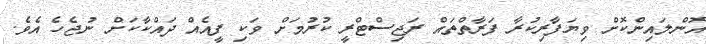
އޮންލައިންކޮށް ވިޔަފާރިކުރާ ފަރާތްތައް ރަޖިސްޓްރީ ކުރުމަށް ވަކި ފީއެއް ދައްކާކަށް ނުޖެހެ އެވެ.